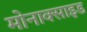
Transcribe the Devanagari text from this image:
मोनाक्साइड